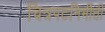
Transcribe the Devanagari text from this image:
चित्रपटनिर्मीती